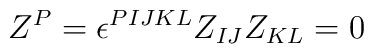
Z^P=\epsilon^{PIJKL}Z_{IJ}Z_{KL}=0